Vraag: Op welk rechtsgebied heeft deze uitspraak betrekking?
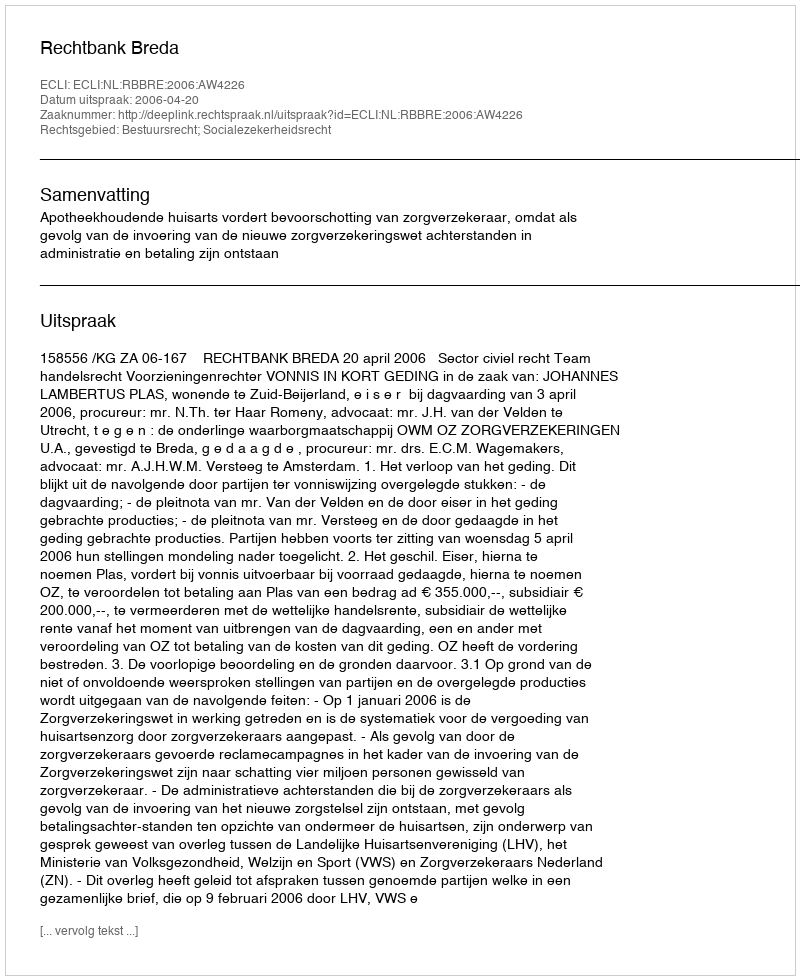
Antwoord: Bestuursrecht; Socialezekerheidsrecht